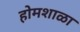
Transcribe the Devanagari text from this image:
होमशाळा